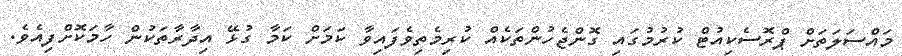
މައްސަލަތަށް ޕްރޮސެކިއުޓް ކުރުމުގައި ގޮންޖެހުންތަކެއް ކުރިމެތިވެފައިވާ ކަމަށް ކަމާ ގުޅޭ އިދާރާތަކުން ހާމަކޮށްފިއެވެ.